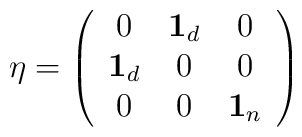
\eta =\left(\begin{array}{ccc}0 & {\bf 1}_{d} & 0 \\{\bf 1}_{d} & 0 & 0 \\0 & 0 & {\bf 1}_{n}\end{array}\right)